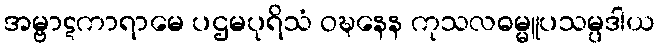
အမ္ဗာဋကာရာမေ ပဌမပုရိသံ ဝဍ္ဎနေန ကုသလဓမ္မူပသမ္ပဒါယ